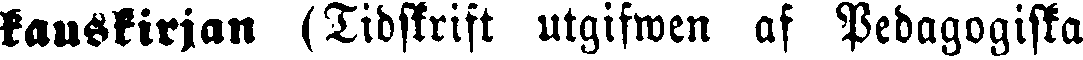
kauskirjan (Tidskrift utgifwen af Pedagogiska